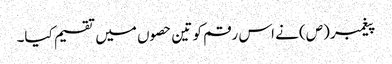
پیغمبر (ص) نے اس رقم کو تین حصوں میں تقسیم کیا۔